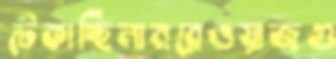
টেকাচ্ছিলামরেওয়াজগু